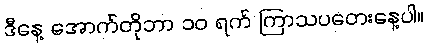
ဒီနေ့ အောက်တိုဘာ ၁၀ ရက် ကြာသပတေးနေ့ပါ။